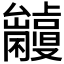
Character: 𠮘